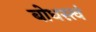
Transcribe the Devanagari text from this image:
बोधस्त्वं